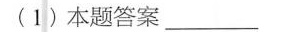
(1)本题答案____